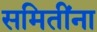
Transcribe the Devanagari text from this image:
समितींना